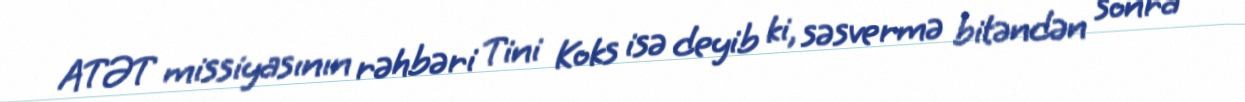
ATƏT missiyasının rəhbəri Tini Koks isə deyib ki, səsvermə bitəndən sonra